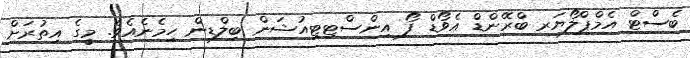
ބެސްޓް އެމްޕްލޯޔަރ ބްރޭންޑް އެވޯޑް ފޯ އިންސްޓިޓިއުޝަން ބިލްޑިން ހިމެނެއެވެ. މީގެ އިތުރަށް